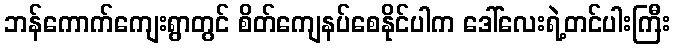
ဘန်ကောက်ကျေးရွာတွင် စိတ်ကျေနပ်စေနိုင်ပါက ဒေါ်လေးရဲ့တင်ပါးကြီး